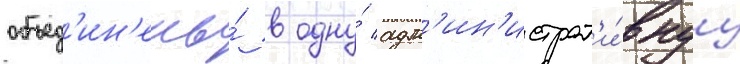
объед'ин'ены́ в одну́ адм'ин'истрат'и́внуу